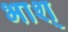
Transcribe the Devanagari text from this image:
भाश्